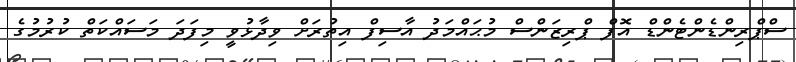
ސްޕްރިންޑެންޓެންޑް އޮފް ޕްރިޒަންސް މުޙައްމަދު އާސިފް އިތުރަށް ވިދާޅުވީ މިފަދަ މަސައްކަތް ކުރުމުގެ